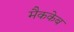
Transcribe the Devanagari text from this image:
मैककेब